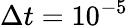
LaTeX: \Delta t=10^{-5}